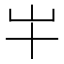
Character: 𫵱